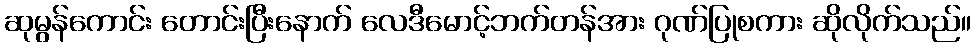
ဆုမွန်ကောင်း တောင်းပြီးနောက် လေဒီမောင့်ဘက်တန်အား ဂုဏ်ပြုစကား ဆိုလိုက်သည်။